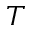
T